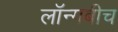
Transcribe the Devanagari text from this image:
लॉन्गबीच